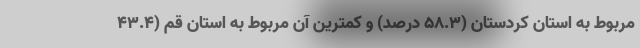
مربوط به استان کردستان (٥٨.٣ درصد) و کمترین آن مربوط به استان قم (٤٣.٤